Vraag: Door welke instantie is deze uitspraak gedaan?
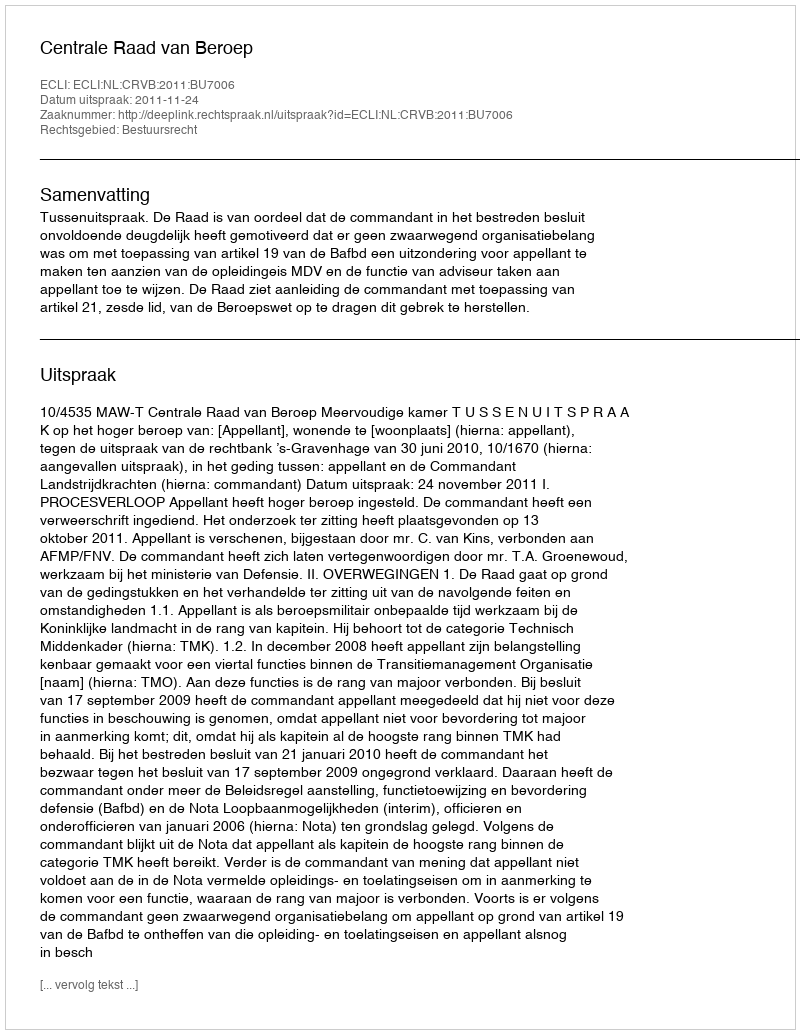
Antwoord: Centrale Raad van Beroep